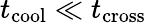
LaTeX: t_{\mathrm{cool}}\ll t_{\mathrm{cross}}